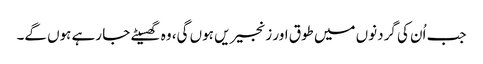
جب اُن کی گردنوں میں طوق اور زنجیریں ہوں گی، وہ گھسیٹے جا رہے ہوں گے۔